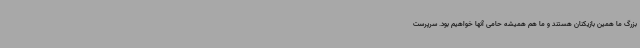
بزرگ ما همین بازیکنان هستند و ما هم همیشه حامی آنها خواهیم بود. سرپرست